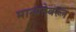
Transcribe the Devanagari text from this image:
मान्यतेवरून